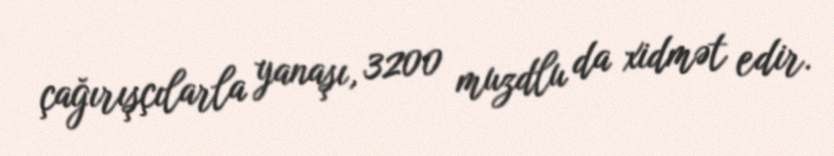
çağırışçılarla yanaşı, 3200 muzdlu da xidmət edir.